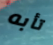
تأبه